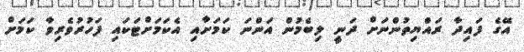
އޭގެ ފައިދާ ރައްޔިތުންނަށް ދަނީ ލިބެމުން އަންނަ ކަމަށާއި އެކަމަށްޓަކައި ފަހުރުވެރިވާ ކަމަށް